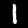
Digit: 1